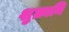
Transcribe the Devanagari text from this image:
शुक्रानि